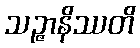
သဉ္ဇာနိဿတိ